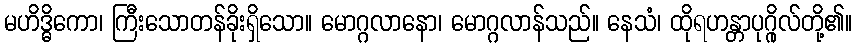
မဟိဒ္ဓိကော၊ ကြီးသောတန်ခိုးရှိသော။ မောဂ္ဂလာနော၊ မောဂ္ဂလာန်သည်။ နေသံ၊ ထိုရဟန္တာပုဂ္ဂိုလ်တို့၏။